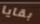
بقايا